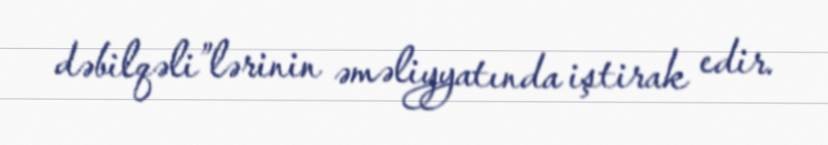
dəbilqəli”lərinin əməliyyatında iştirak edir.